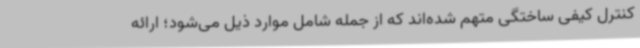
کنترل کیفی ساختگی متهم شده‌اند که از جمله شامل موارد ذیل می‌شود؛ ارائه